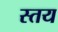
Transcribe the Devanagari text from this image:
स्तय